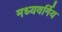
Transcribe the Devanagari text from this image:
मध्यवर्गिय